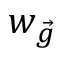
w _ { \vec { g } }